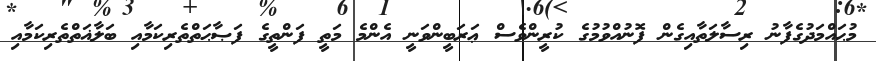
މުޙައްމަދުގެފާނު ރިސާލަތާއިގެން ފޮނުއްވުމުގެ ކުރީންވެސް ޢަރަބީންވަނީ އެންމެ މަތީ ފަންތީގެ ފަޞާޙަތްތެރިކަމާއި ބަލާޣަތްތެރިކަމާއި